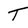
Character: T